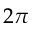
2 \pi